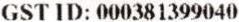
GST ID: 000381399040